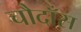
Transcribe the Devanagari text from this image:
चौदाँस